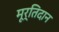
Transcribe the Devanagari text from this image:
मूर्तिदान